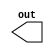
module s1 (out);
    output out;
    reg q;
    assign out = q;
    initial q <= 1'b1;
    always #1 q <= ~q;
endmodule

module s2 (out);
    output out;
    reg q;
    assign out = q;
    initial q <= 1'b1;
    always #2 q <= ~q;
endmodule

module testbench;
    wire s1, s2;
    initial begin
       $monitor("%t s1:%b s2:%b", $time, s1, s2);
       #15 $finish;
    end

    s1 inst0 (s1);
    s2 inst1 (s2);
endmodule